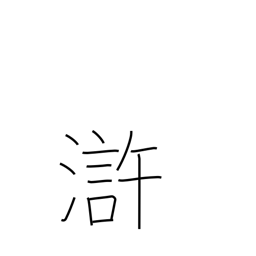
Meaning: vicinity